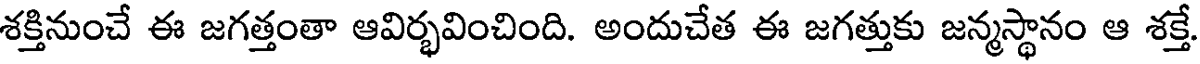
శక్తినుంచే ఈ జగత్తంతా ఆవిర్భవించింది. అందుచేత ఈ జగత్తుకు జన్మస్థానం ఆ శక్తే